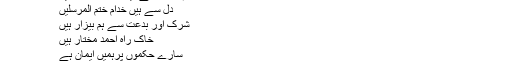
نظم کے آخری حصّےمیں حضورؑ نے اپنے عقیدے اور مسلک کی دوٹوک الفاظ میں وضاحت فرمائی :
ہم تو رکھتے ہیں مسلمانوں کا دیں
دل سے ہیں خدّام ختم المرسلیں
شرک اور بدعت سے ہم بیزار ہیں
خاکِ راہِ احمدِؐ مختار ہیں
سارے حکموں پرہمیں ایمان ہے
جان و دل اس راہ پر قربان ہے
نظم کا چھٹا اور اٹھائیسواں شعر فارسی میں ہے۔